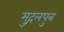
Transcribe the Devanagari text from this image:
मुद्गलपुत्र